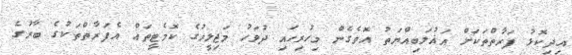
އިދިކޮޅު ފަރާތްތަކަށް އަޣުލަބިއްޔަތު އޮވެގެން މިހުރިހައި ދުވަހު މަޖިލީހުގެ ކޮމެޓީތައް އެފަރާތްތަކުގެ ބާރުގެ